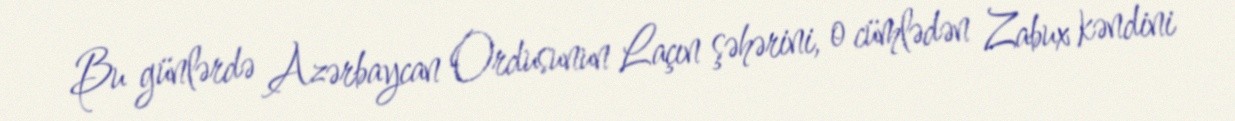
Bu günlərdə Azərbaycan Ordusunun Laçın şəhərini, o cümlədən Zabux kəndini